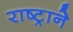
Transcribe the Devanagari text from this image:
राष्ट्रानेे